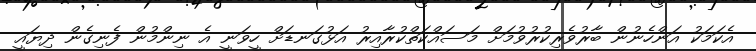
އެކަމަކު އަންހެނުން ބާރުވެރިކުރުވުމަށް މަސައްކަތްކުރާއިރު އަޅުގަނޑަށް ހީވަނީ އެ ނިންމުން ފެނިގެން ދިޔައީ